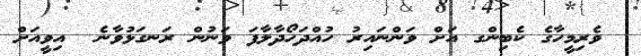
ވެރިމީހާގެ ކެބިންގ އަށް ވަންނައިރު ހުއްދަހޯދާލާފަ ވަނުން ރަނގަޅުވާނެ  އިވީއަށް